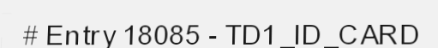
# Entry 18085 - TD1_ID_CARD